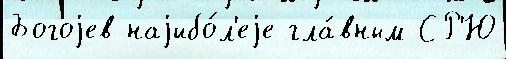
Богоjев наjибо́л'еjе гла́вным СР'Ю